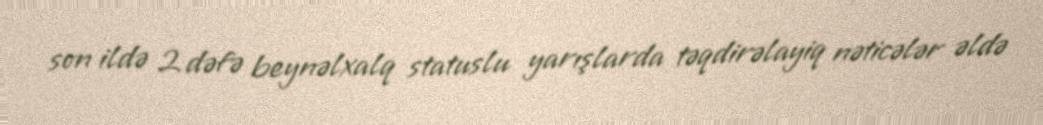
son ildə 2 dəfə beynəlxalq statuslu yarışlarda təqdirəlayiq nəticələr əldə